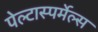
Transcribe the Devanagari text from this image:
पेल्टास्पर्मेल्स